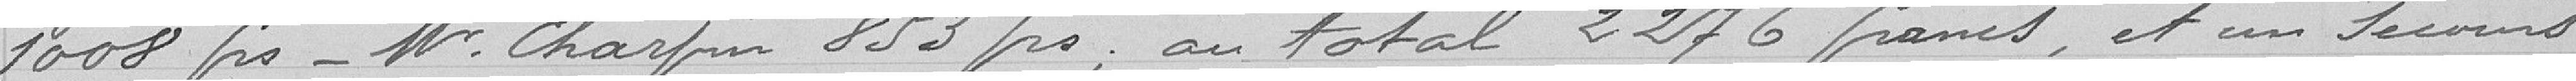
1008 frs_ Mr Charpin 853 frs, au total 2276 francs et un Secours